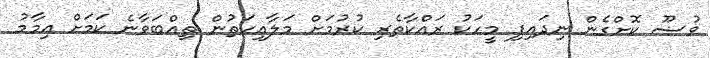
ވުޟޫ ކޮށްގެން ނިދައިފި މީހަކު ރައްކާތެރި ކުރުމަށް މަލާއިކަތުން ތިއްބަވާނެ ކަމަށް އިމާމު